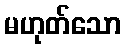
မဟုတ်သော